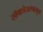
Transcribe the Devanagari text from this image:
सॉफ्टवेअरपासून